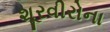
શૂરવીરોના